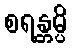
စရန္တမ္ပိ